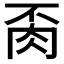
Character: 𦙂